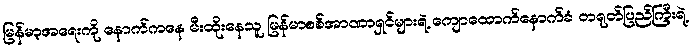
မြန်မာ့အရေးကို နောက်ကနေ မီးထိုးနေသူ မြန်မာစစ်အာဏာရှင်များရဲ့ ကျောထောက်နောက်ခံ တရုတ်ပြည်ကြီးရဲ့